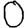
Digit: 0